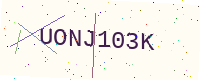
Text: UONJ103K